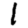
Digit: 1